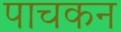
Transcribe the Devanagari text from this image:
पाचकन